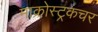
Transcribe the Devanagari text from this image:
माक्रोस्ट्रकचर